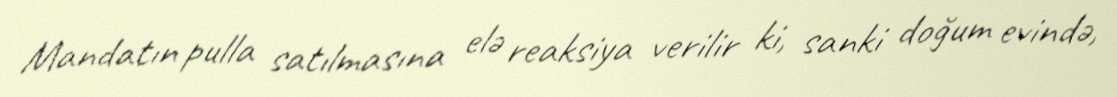
Mandatın pulla satılmasına elə reaksiya verilir ki, sanki doğum evində,